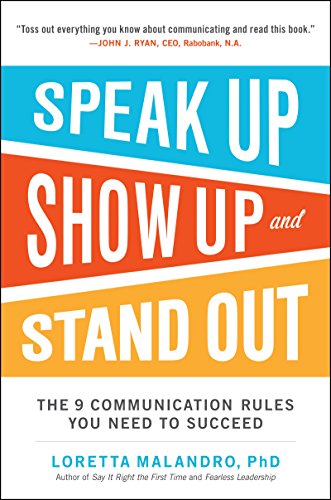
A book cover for Speak Up, Show Up, and Stand Out: The 9 Communication Rules You Need to Succeed; Loretta Malandro; Business & Money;